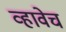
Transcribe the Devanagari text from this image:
व्हावेच